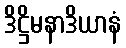
ဒိဋ္ဌိမနာဒိယာနံ